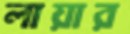
লায়ার